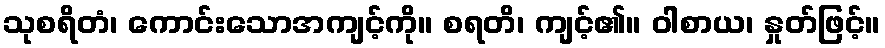
သုစရိတံ၊ ကောင်းသောအကျင့်ကို။ စရတိ၊ ကျင့်၏။ ဝါစာယ၊ နှုတ်ဖြင့်။